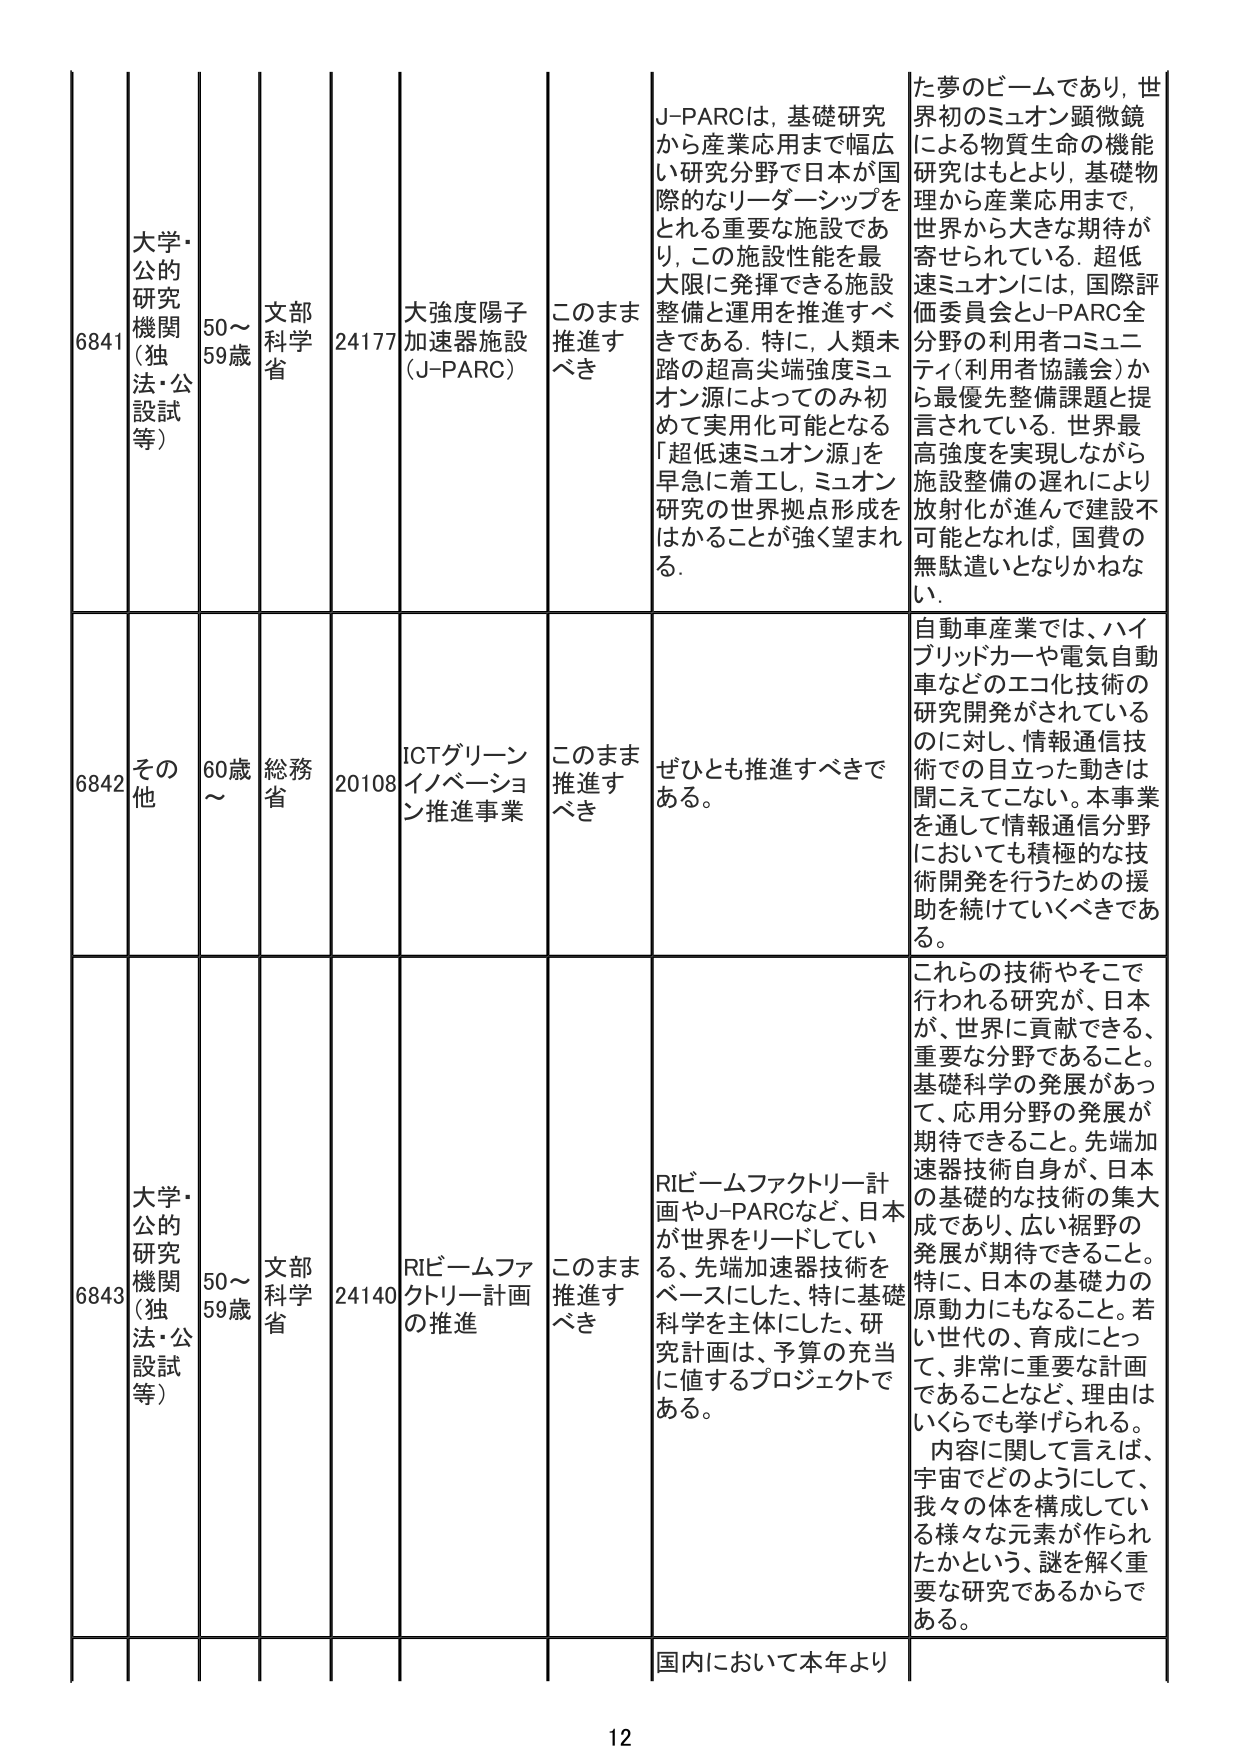
6841 大学・公的研究機関（独法・公設試等） 50～59歳 文部科学省 24177 大強度陽子加速器施設（J-PARC） このまま推進すべき J-PARCは、基礎研究から産業応用まで幅広い研究分野で日本が国際的なリーダーシップをとれる重要な施設であり、この施設性能を最大限に発揮できる施設整備と運用を推進すべきである。特に、人類未踏の超高尖端強度ミュオン源によってのみ初めて実用化可能となる「超低速ミュオン源」を早急に着工し、ミュオン研究の世界拠点形成をはかること強く望まれる。 た夢のビームであり、世界初のミュオン顕微鏡による物質生命の機能研究はもとより、基礎物理から産業応用まで、世界から大きな期待が寄せられている。超低速ミュオンには、国際評価委員会とJ-PARC全分野の利用者コミュニティ（利用者協議会）から最優先整備課題と提言されている。世界最高強度を実現しながら施設整備の遅れにより放射化が進んで建設不可能となれば、国費の無駄遣いとなりかねない。

6842 その他 60歳～ 総務省 20108 ICTグリーンイノベーション推進事業 このまま推進すべき ぜひとも推進すべきである。 自動車産業では、ハイブリッドカーや電気自動車などのエコ化技術の研究開発がされているのに対し、情報通信技術での目立った動きは聞こえてこない。本事業を通じて情報通信分野においても積極的な技術開発を行うための援助を続けていくべきである。

6843 大学・公的研究機関（独法・公設試等） 50～59歳 文部科学省 24140 RIビームファクトリー計画の推進 このまま推進すべき RIビームファクトリー計画やJ-PARCなど、日本が世界をリードしている。先端加速器技術をベースにした、特に基礎科学を主体にした、研究計画は、予算の充当に値するプロジェクトである。 これらの技術やそこで行われる研究が、日本が、世界に貢献できる、重要な分野であること。基礎科学の発展があって、応用分野の発展が期待できること。先端加速器技術自身が、日本の基礎的な技術の集大成であり、広い裾野の発展が期待できること。特に、日本の基礎力の原動力にもなること。若い世代の、育成にとって、非常に重要な計画であることなど、理由はいくらでも挙げられる。内容に関して言えば、宇宙でどのようにして、我々の体を構成している様々な元素が作られたかという、謎を解く重要な研究であるからである。

国内において本年より

12